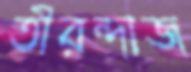
তীরন্দাজ